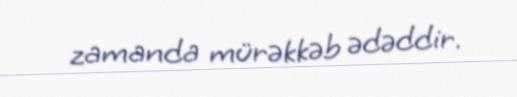
zamanda mürəkkəb ədəddir.